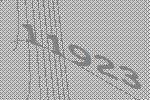
11923